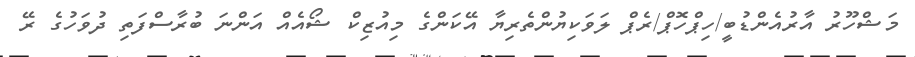
މަޝްހޫރު އާރުއެންޑުބީ/ހިޕްހޮޕް/ރެޕް ލަވަކިޔުންތެރިޔާ އޭކަންގެ މިއުޒިކް ޝޯއެއް އަންނަ ބުރާސްފަތި ދުވަހުގެ ރޭ